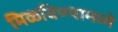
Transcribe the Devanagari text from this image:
मिळविण्यामध्ये